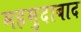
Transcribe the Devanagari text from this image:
महमुदाबाद